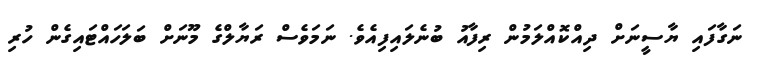
ނަގާފައި ޔާސީނަށް ދިއްކޮއްލަމުން ރިފާއު ބުނެލައިފިއެވެ. ނަމަވެސް ރަޔާލްގެ މޫނަށް ބަލަހައްޓައިގެން ހުރި